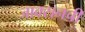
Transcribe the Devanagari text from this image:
जाक्सनची